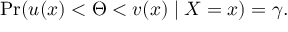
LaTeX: \operatorname* { P r } ( u ( x ) < \Theta < v ( x ) \mid X = x ) = \gamma .